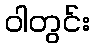
ဝါတွင်း